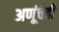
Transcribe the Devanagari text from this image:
अणूंचेही